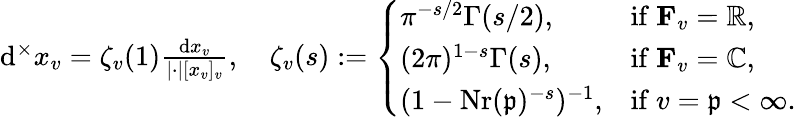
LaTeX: \begin{array}{r}{\mathrm{d}^{\times}x_{v}=\zeta_{v}(1)\frac{\mathrm{d}x_{v}}{\lvert\cdot\rvert[x_{v}]_{v}},\quad\zeta_{v}(s):=\left\{ \begin{array}{ll}{\pi^{-s/2}\Gamma(s/2),\ \ }&{\mathrm{if~}\mathbf{F}_{v}=\mathbb{R},}\\ {(2\pi)^{1-s}\Gamma(s),}&{\mathrm{if~}\mathbf{F}_{v}=\mathbb{C},}\\ {(1-\mathrm{Nr}(\mathfrak{p})^{-s})^{-1},}&{\mathrm{if~}v=\mathfrak{p}<\infty.}\end{array}\right.}\end{array}